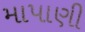
માપાણી